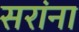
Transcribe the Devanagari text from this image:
सरांना